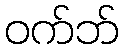
ဝက်ဘ်